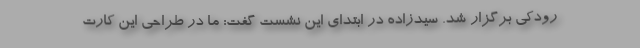
رودکی برگزار شد. سیدزاده در ابتدای این نشست گفت: ما در طراحی این کارت